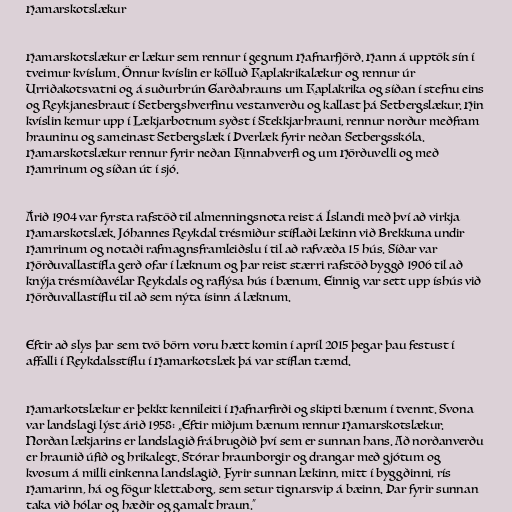
Hamarskotslækur

Hamarskotslækur er lækur sem rennur í gegnum Hafnarfjörð. Hann á upptök sín í
tveimur kvíslum. Önnur kvíslin er kölluð Kaplakrikalækur og rennur úr
Urriðakotsvatni og á suðurbrún Garðahrauns um Kaplakrika og síðan í stefnu eins
og Reykjanesbraut í Setbergshverfinu vestanverðu og kallast þá Setbergslækur. Hin
kvíslin kemur upp í Lækjarbotnum syðst í Stekkjarhrauni, rennur norður meðfram
hrauninu og sameinast Setbergslæk í Þverlæk fyrir neðan Setbergsskóla.
Hamarskotslækur rennur fyrir neðan Kinnahverfi og um Hörðuvelli og með
Hamrinum og síðan út í sjó.

Árið 1904 var fyrsta rafstöð til almenningsnota reist á Íslandi með því að virkja
Hamarskotslæk. Jóhannes Reykdal trésmiður stíflaði lækinn við Brekkuna undir
Hamrinum og notaði rafmagnsframleiðslu í til að rafvæða 15 hús. Síðar var
Hörðuvallastífla gerð ofar í læknum og þar reist stærri rafstöð byggð 1906 til að
knýja trésmíðavélar Reykdals og raflýsa hús í bænum. Einnig var sett upp íshús við
Hörðuvallastíflu til að sem nýta ísinn á læknum.

Eftir að slys þar sem tvö börn voru hætt komin í apríl 2015 þegar þau festust í
affalli í Reykdalsstíflu í Hamarkotslæk þá var stíflan tæmd.

Hamarkotslækur er þekkt kennileiti í Hafnarfirði og skipti bænum í tvennt. Svona
var landslagi lýst árið 1958: „Eftir miðjum bænum rennur Hamarskotslækur.
Norðan lækjarins er landslagið frábrugðið því sem er sunnan hans. Að norðanverðu
er hraunið úfið og hrikalegt. Stórar hraunborgir og drangar með gjótum og
kvosum á milli einkenna landslagið. Fyrir sunnan lækinn, mitt í byggðinni, rís
Hamarinn, há og fögur klettaborg, sem setur tignarsvip á bæinn. Þar fyrir sunnan
taka við hólar og hæðir og gamalt hraun.“